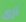
آرى